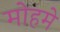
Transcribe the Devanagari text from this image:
मोहमे